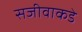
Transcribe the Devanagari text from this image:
सजीवाकडे